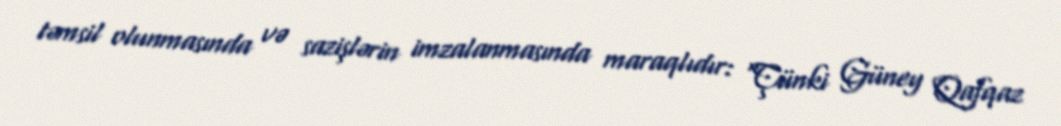
təmsil olunmasında və sazişlərin imzalanmasında maraqlıdır: “Çünki Güney Qafqaz